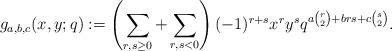
LaTeX: \begin{align*}g_{a,b,c}(x,y;q) := \left(\sum_{r,s\geq 0} + \sum_{r,s <0}\right)(-1)^{r+s}x^ry^sq^{a\binom{r}{2}+brs+c\binom{s}{2}}.\end{align*}